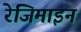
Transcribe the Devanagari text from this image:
रेजिमाइन